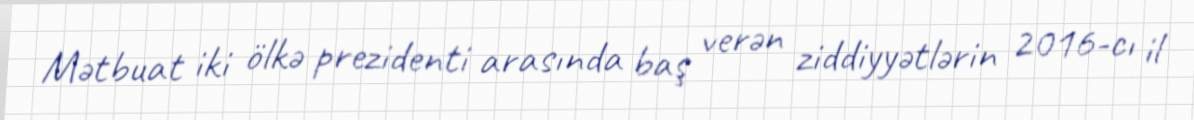
Mətbuat iki ölkə prezidenti arasında baş verən ziddiyyətlərin 2016-cı il